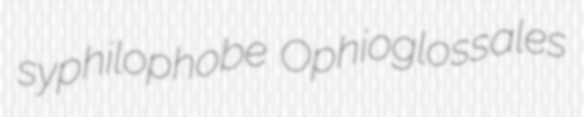
syphilophobe Ophioglossales